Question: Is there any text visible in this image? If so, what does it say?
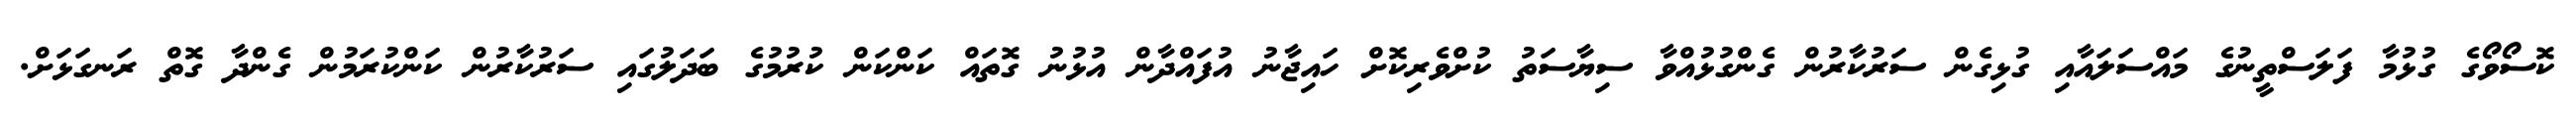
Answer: ކޮސޯވޯގެ ގުޅުމާ ފަލަސްތީނުގެ މައްސަލައާއި ގުޅިގެން ސަރުކާރުން ގެންގުޅުއްވާ ސިޔާސަތު ކުށްވެރިކޮށް ހައިޖާނު އުފައްދާން އުޅުނު ގޮތައް ކަންކަން ކުރުމުގެ ބަދަލުގައި ސަރުކާރުން ކަންކުރަމުން ގެންދާ ގޮތް ރަނގަޅަށް.